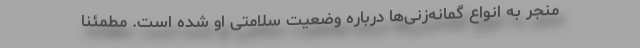
منجر به انواع گمانه‌زنی‌ها درباره وضعیت سلامتی او شده است. مطمئناً